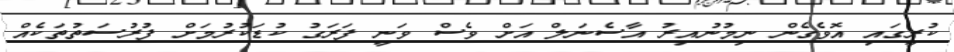
ކުރީގައި އޮވެގެން ނިމުނުއިރު އާސެނަލް އަށް ވެސް ވަނީ ފަރަގު ކުޑަކުރުމަށް ފުރުސަތުތަކެއް